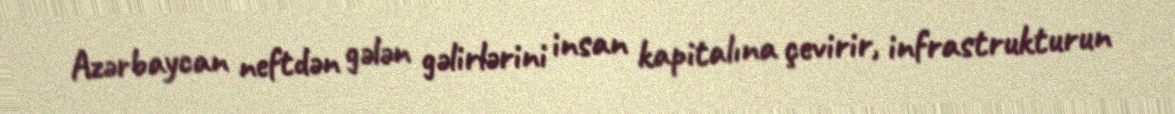
Azərbaycan neftdən gələn gəlirlərini insan kapitalına çevirir, infrastrukturun